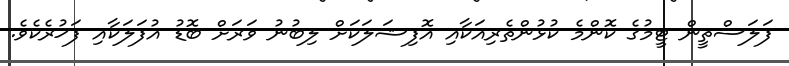
ފަލަސްތީން ޓީމުގެ ކޮންމެ ކުޅުންތެރިއަކާއި އޮފިޝަލަކަށް ލިބުނު ވަރަށް ބޮޑު އުފަލަކާއި ފަޚުރެކެވެ.